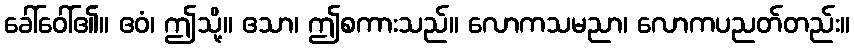
ခေါ်ဝေါ်၏။ ဧဝံ၊ ဤသို့။ ဧသာ၊ ဤစကားသည်။ လောကသမညာ၊ လောကပညတ်တည်း။